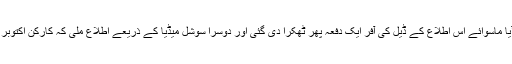
اس کا ثبوت یہ ہے کہ نواز شریف کا ایک سال سے جیل سے کوئی بیان نہیں آیا ماسوائے اس اطلاع کے ڈیل کی آفر ایک دفعہ پھر ٹھکرا دی گئی اور دوسرا سوشل میڈیا کے ذریعے اطلاع ملی کہ کارکن اکتوبر میں ہونے والے مولانا مولانا فضل الرحمن کے احتجاج کا بھرپور حصہ بنیں۔